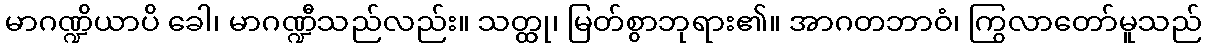
မာဂဏ္ဍိယာပိ ခေါ၊ မာဂဏ္ဍီသည်လည်း။ သတ္ထု၊ မြတ်စွာဘုရား၏။ အာဂတဘာဝံ၊ ကြွလာတော်မူသည်